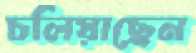
চলিয়াছেন